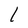
Character: 1